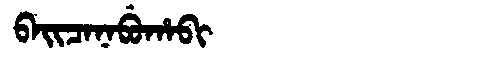
Manchu: ᠪᠠᡳᠴᠠᠨᠠᠪᡠᡥᠠᠪᡳ
Romanization: BAICANABUHABI